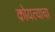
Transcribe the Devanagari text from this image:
कोयत्याचा